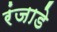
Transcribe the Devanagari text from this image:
रंजाडे